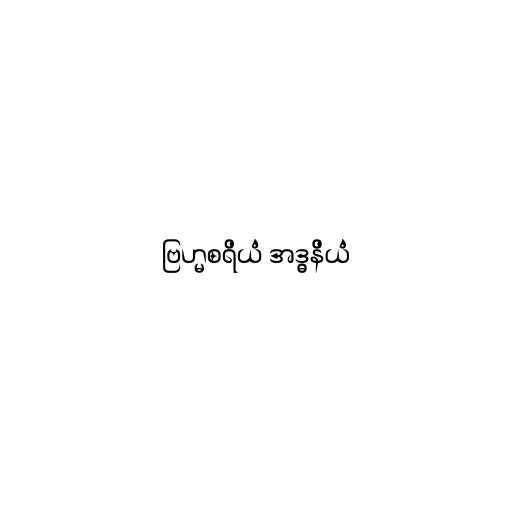
ဗြဟ္မစရိယံ အဒ္ဓနိယံ